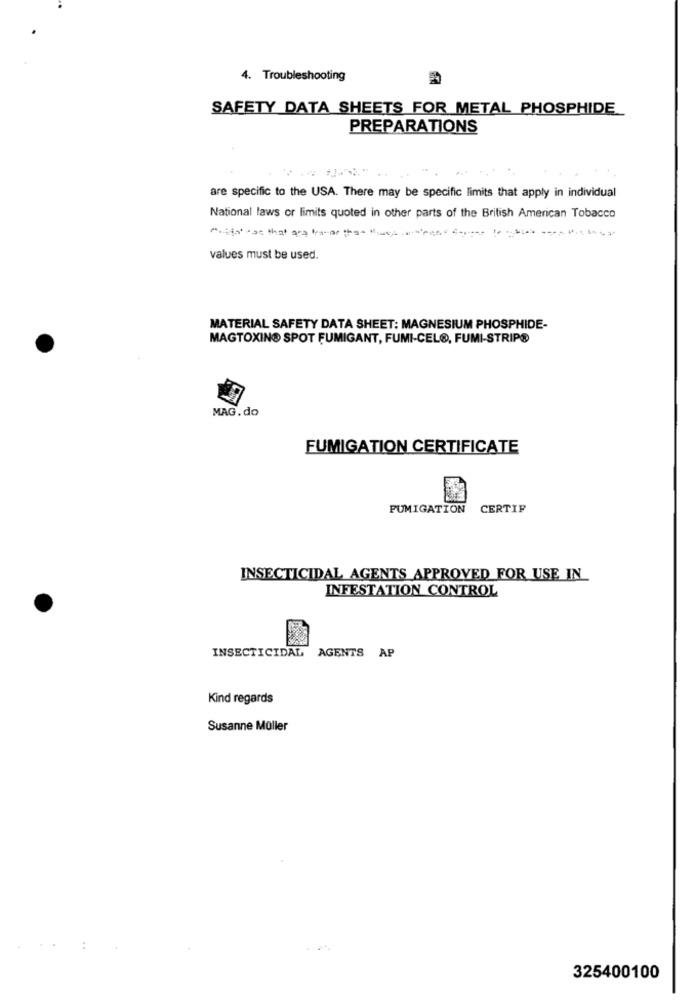
4. Troubleshooting
SAFETY DATA SHEETS FOR METAL PHOSPHIDE
PREPARATIONS
are specific to the USA. There may be specific limits that apply in individual
National laws or limits quoted in other parts of the British American Tobacco
-----
values must be used.
MATERIAL SAFETY DATA SHEET: MAGNESIUM PHOSPHIDE-
MAGTOXINO SPOT FUMIGANT, FUMI-CELO, FUMI-STRIPO
MAG. do
FUMIGATION CERTIFICATE
FUMIGATION
CERTIF
INSECTICIDAL AGENTS APPROVED FOR USE IN
INFESTATION CONTROL
INSECTICIDAL AGENTS AP
Kind regards
Susanne Müller
325400100